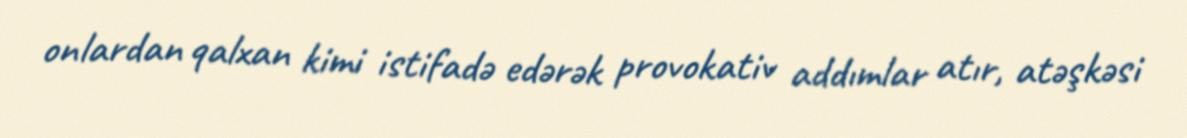
onlardan qalxan kimi istifadə edərək provokativ addımlar atır, atəşkəsi